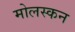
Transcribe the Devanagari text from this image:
मोलस्कन